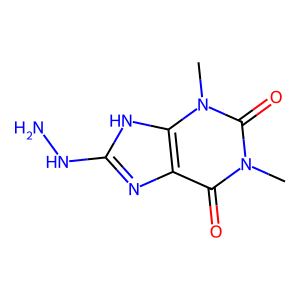
SMILES: Cn1c(=O)c2nc(NN)[nH]c2n(C)c1=O
Inhibits HIV replication: No